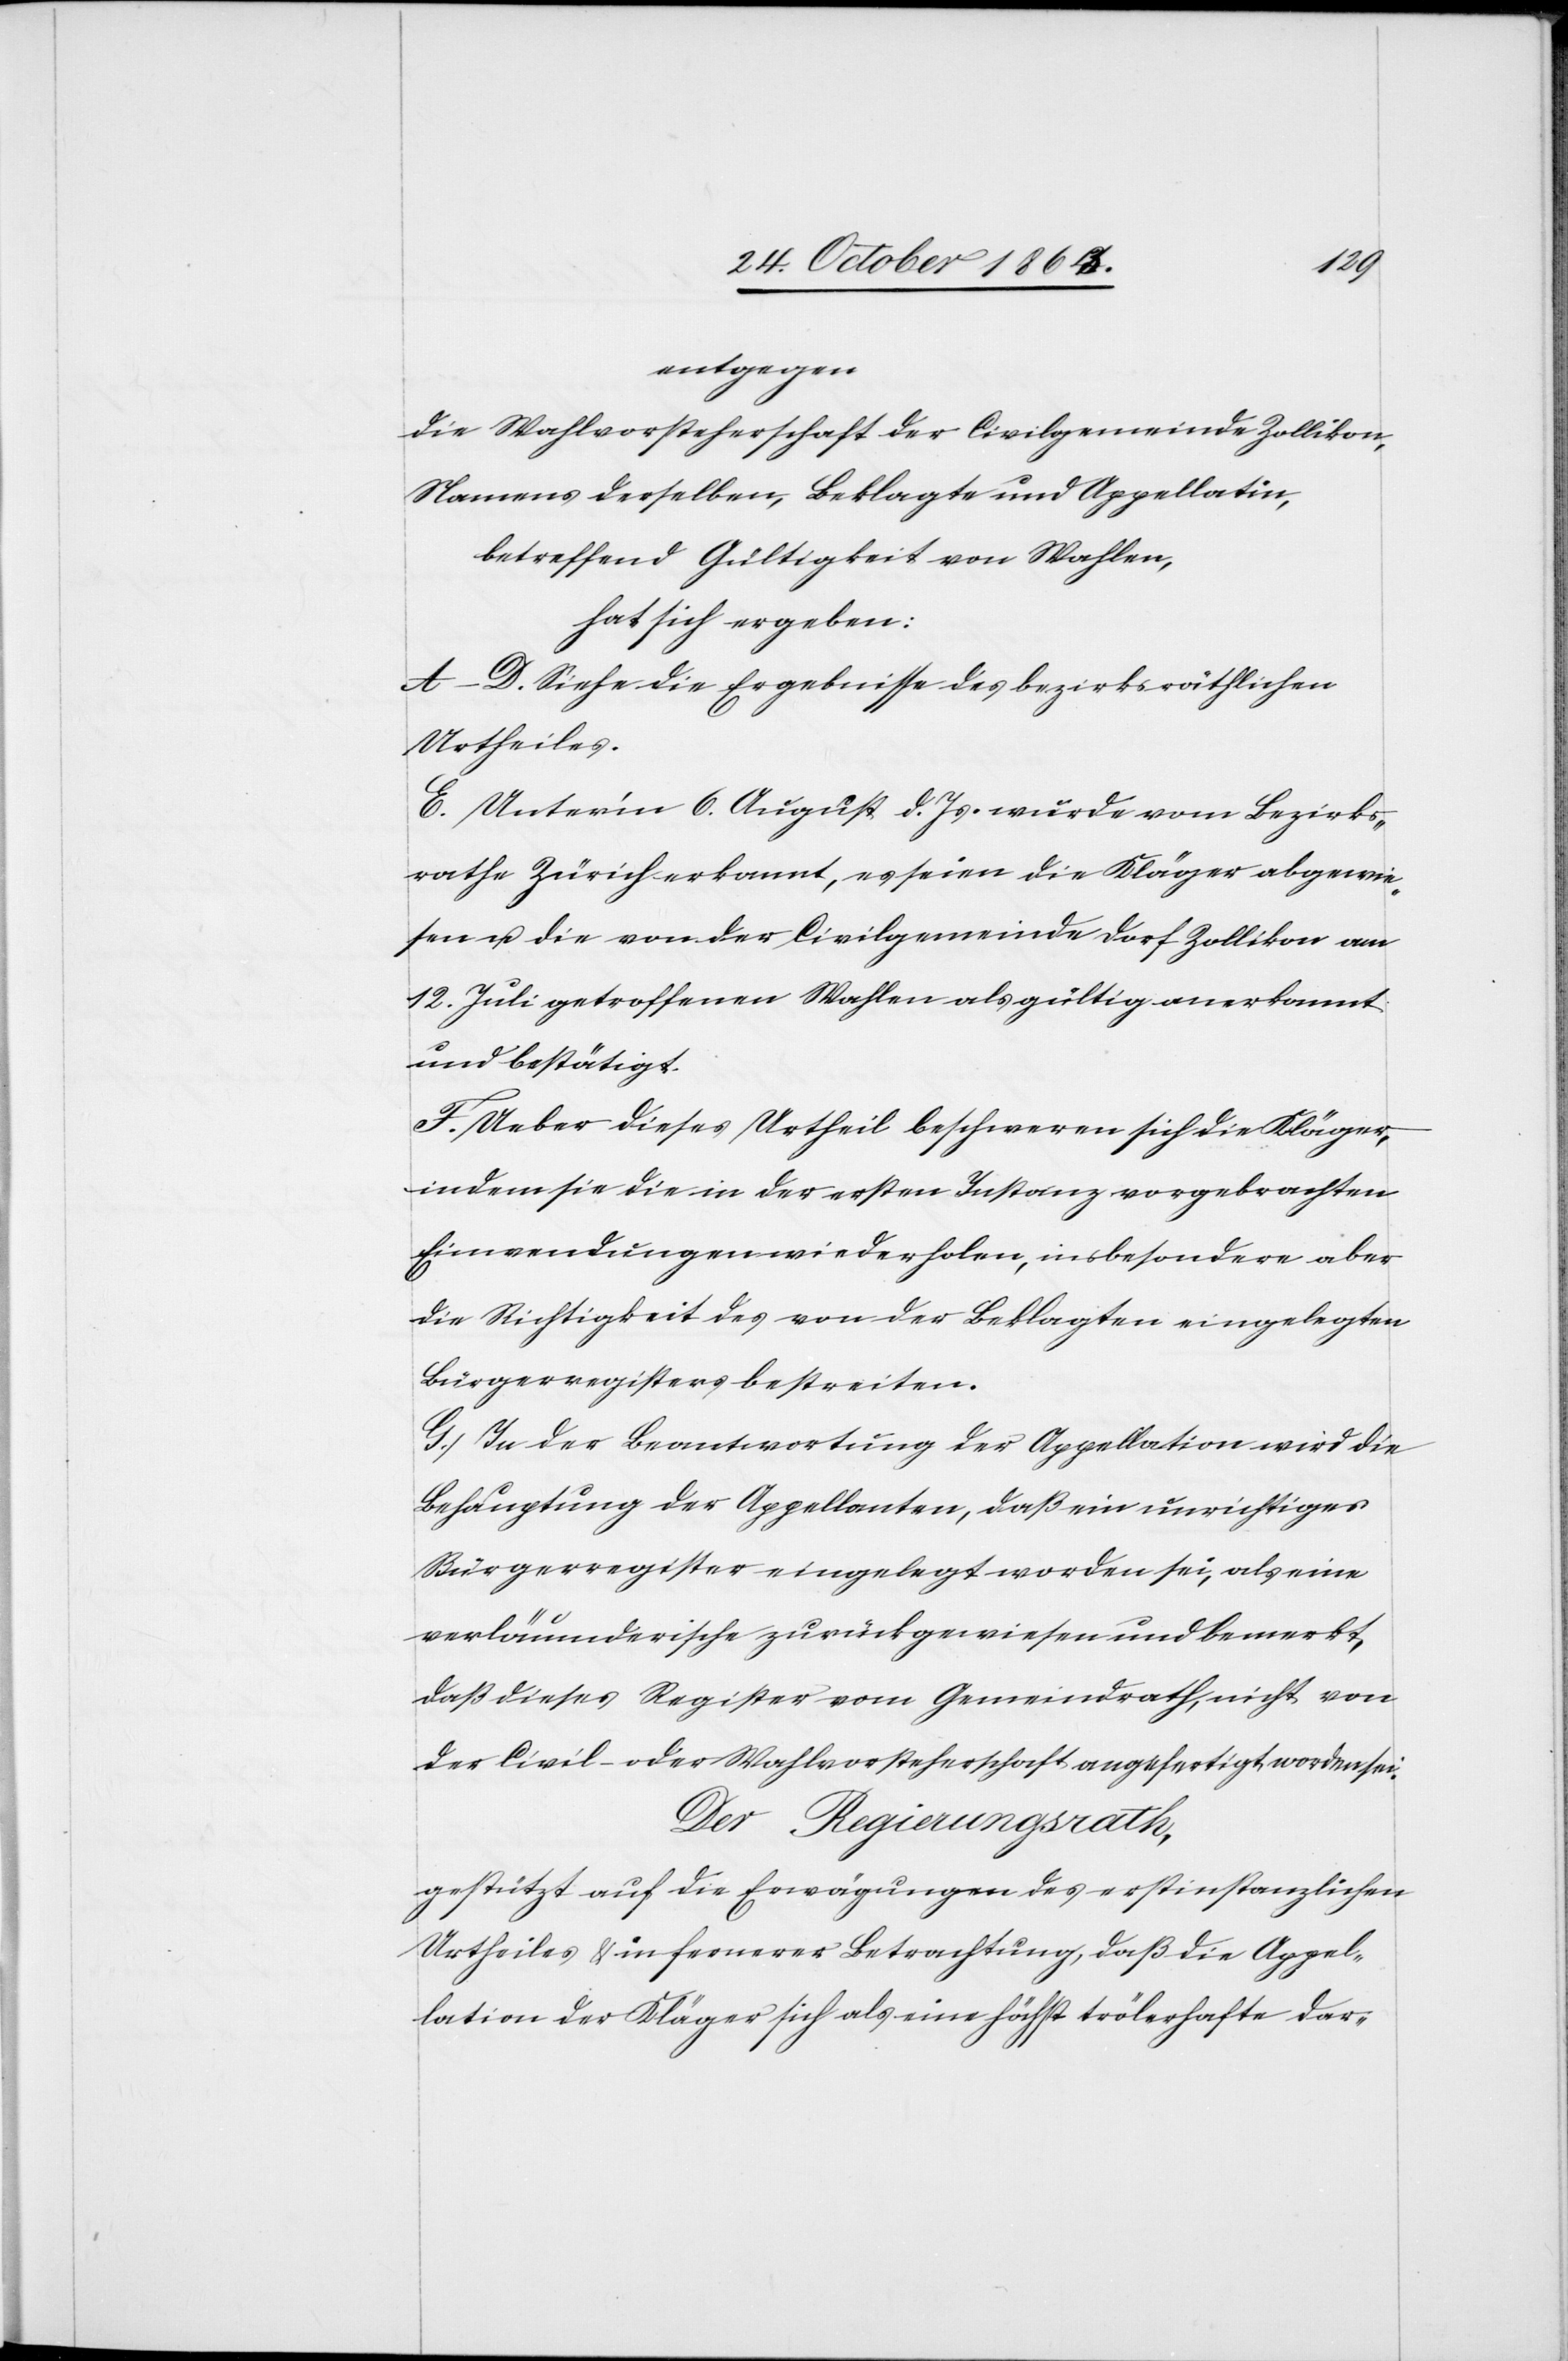
entgegen
die Wahlvorsteherschaft der Civilgemeinde Zollikon,
Namens derselben, Beklagte und Appellatin,
betreffend Gültigkeit von Wahlen,
hat sich ergeben:
A–D. Siehe die Ergebnisse des bezirksräthlichen
Urtheiles.
E. Unter'm 6. August d. Js. wurde vom Bezirks¬
rathe Zürich erkannt, es seien die Kläger abgewie¬
sen u. die von der Civilgemeinde Dorf Zollikon am
12. Juli getroffenen Wahlen als gültig anerkannt
und bestätigt.
F. Ueber dieses Urtheil beschweren sich die Kläger,
indem sie die in der ersten Instanz vorgebrachten
Einwendungen wiederholen, insbesondere aber
die Richtigkeit des von der Beklagten eingelegten
Bürgerregisters bestreiten.
G. In der Beantwortung der Appellation wird die
Behauptung der Appellanten, daß ein unrichtiges
Bürgerregister eingelegt worden sei, als eine
verläumderische zurückgewiesen und bemerkt,
daß dieses Register vom Gemeindrath, nicht von
der Civil- oder Wahlvorsteherschaft angefertigt worden sei.
Der Regierungsrath,
gestützt auf die Erwägungen des erstinstanzlichen
Urtheiles & in fernerer Betrachtung, daß die Appel¬
lation der Kläger sich als eine höchst trölerhafte dar-